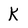
Character: K